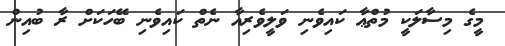
މީގެ މިސާލަކީ މުތްޢާ ކައިވެނި ވަލީވެރިއާ ނެތް ކައިވެނި ބޭހަކަށް ރާ ބުއިން